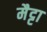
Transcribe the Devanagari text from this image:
मैट्टा